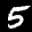
Label: 5